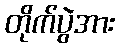
တိုက်ပွဲအား